Vaccination Hyderabad 1872-1889 - 1872-1889
Year: 1872
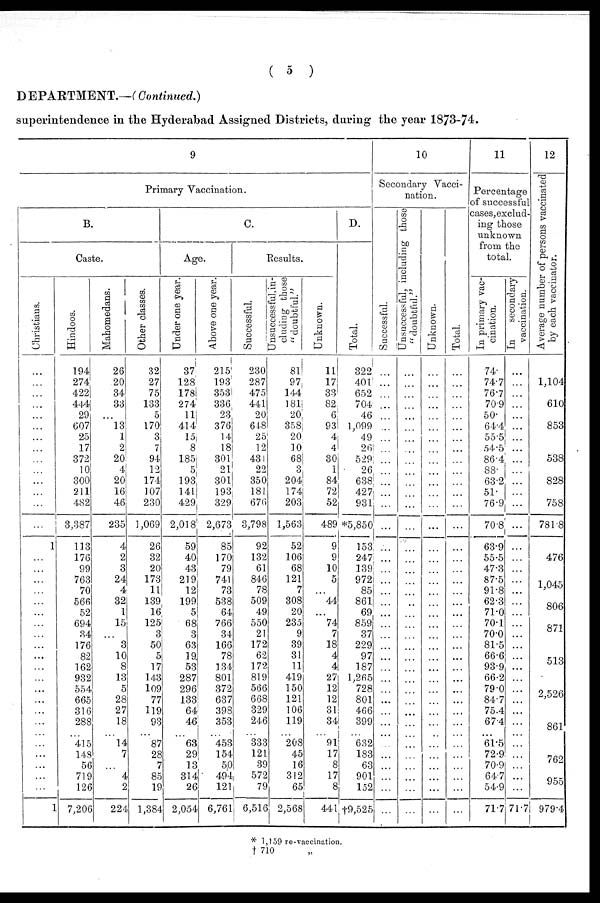
( 5 )
DEPARTMENT.—(Continued.)
superintendence in the Hyderabad Assigned Districts, during the year 1873-74.
9
Primary Vaccination.
B.
Caste.
Christians.
...
...
...
...
...
...
...
...
...
...
...
...
...
...
1
...
...
...
...
...
...
...
...
...
...
...
...
...
...
...
...
...
...
...
...
...
...
1
Hindoos.
194
274
422
444
29
607
25
17
372
10
300
211
482
3,387
113
176
99
763
70
566
52
694
34
176
82
162
932
554
665
316
288
...
415
143
56
719
126
7,206
Mahomedans.
26
20
34
33
...
13
1
2
20
4
20
16
46
235
4
2
3
24
4
32
1
15
...
3
10
8
13
5
28
27
18
...
14
7
...
4
2
224
Other classes.
32
27
75
133
5
170
3
7
94
12
174
107
230
1,069
26
32
20
173
11
139
16
125
3
50
5
17
143
109
77
119
93
...
87
28
7
85
19
1,384
C.
Age.
Under one year.
37
128
178
274
11
414
15
8
185
5
193
141
429
2,018
59
40
43
219
12
199
5
68
3
63
19
53
287
296
133
64
46
...
63
29
13
314
26
2,054
Above one year.
215
193
353
336
23
376
14
18
301
21
301
193
329
2,673
85
170
79
741
73
538
64
766
34
166
78
134
801
372
637
398
353
...
453
154
50
494
121
6,761
Results.
Successful.
230
287
475
441
20
648
25
12
431
22
350
181
676
3,798
92
132
61
846
78
509
49
550
21
172
62
172
819
566
668
329
246
...
333
121
39
572
79
6,516
Unsuccessful, in-
cluding those
"doubtful."
81
97
144
181
20;
358
20
10
68
3
204
174
203
1,563
52
106
68
121
7
308
20
235
9
39
31
11
419
150
121
106
119
...
208
45
16
312
65
2,568
Unknown.
11
17
33
82
6
93
4
4
30
1
84
72
52
489
9
9
10
5
...
44
...
74
7
18
4
4
27
12
12
31
34
...
91
17
8
17
8
441
D.
Total.
322
401
652
704
46
1,099
49
26
529
26
638
427
931
*5,850
153
247
139
972
85
861
69
859
37
229
97
187
1,265
728
801
466
399
...
632
183
63
901
152
†9,525
10
Secondary Vacci-
nation.
Successful.
...
...
...
...
...
...
...
...
...
...
...
...
...
...
...
...
...
...
...
...
...
...
...
...
...
...
...
...
...
...
...
...
...
...
...
...
...
...
Unsuccessful, including those
"doubtful."
...
...
...
...
...
...
...
...
...
...
...
...
...
...
...
...
...
...
...
...
...
...
...
...
...
...
...
...
...
...
...
...
...
...
...
...
...
...
Unknown.
...
...
...
...
...
...
...
...
...
...
...
...
...
...
...
...
...
...
...
...
...
...
...
...
...
...
...
...
...
...
...
...
...
...
...
...
...
...
Total.
...
...
...
...
...
...
...
...
...
...
...
...
...
...
...
...
...
...
...
...
...
...
...
...
...
...
...
...
...
...
...
...
...
...
...
...
...
...
11
Percentage
of successful
cases,exclud¬
ing those
unknown
from the
total.
In primary vac-
cination.
74.
74.7
76.7
70.9
50.
64.4
55.5
54.5
86.4
88.
63.2
51.
76.9
70.8
63.9
55.5
47.3
87.5
91.8
62.3
71.0
70.1
70.0
81.5
66.6
93.9
66.2
79.0
84.7
75.4
67.4
...
61.5
72.9
70.9
647
54.9
71.7
In
secondary
vaccination.
...
...
...
...
...
...
...
...
...
...
...
...
...
...
...
...
...
...
...
...
...
...
...
...
...
...
...
...
...
...
...
...
...
...
...
...
...
71.7
12
Average number of persons vaccinated
by each vaccinator.
1,104
...
610
853
538
828
758
781.8
476
1,045
806
871
513
2,526
861
762
955
979.4
* 1,159 re-vaccination.
† 710 „